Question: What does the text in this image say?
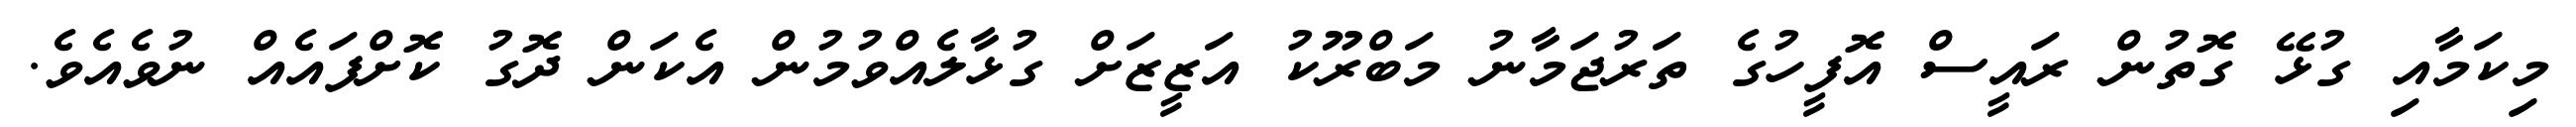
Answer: މިކަމާއި ގުޅޭ ގޮތުން ރައީސް އޮފީހުގެ ތަރުޖަމާނު މަބްރޫކު އަޒީޒަށް ގުޅާލެއްވުމުން އެކަން ދޮގު ކޮށްފައެއް ނުވެއެވެ.